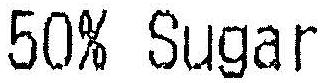
50% SUGAR